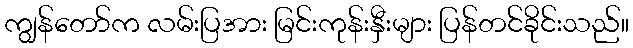
ကျွန်တော်က လမ်းပြအား မြင်းကုန်းနှီးများ ပြန်တင်ခိုင်းသည်။